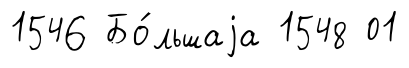
1546 Бо́льшаjа 1548 01